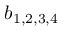
b _ { 1 , 2 , 3 , 4 }